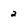
Character: 2